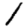
Digit: 1